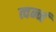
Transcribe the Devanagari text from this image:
त्वन्नं